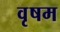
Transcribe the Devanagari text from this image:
वृषम